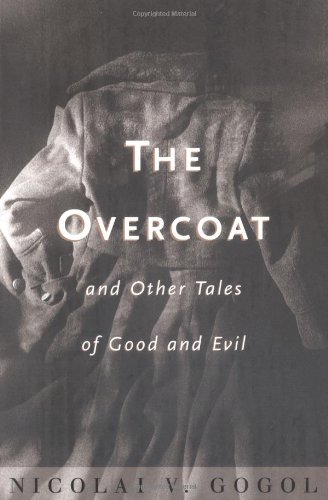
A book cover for The Overcoat and Other Tales of Good and Evil; Nikolai V. Gogol; Literature & Fiction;